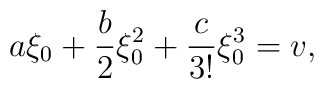
a\xi_{0} +\frac{b}{2}\xi^{2}_{0} +\frac{c}{3!}\xi^{3}_{0}=v,